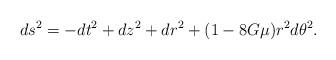
LaTeX: \begin{align*} d s^2=- d t^2+ d z^2+ d r^2+(1-8G\mu)r^2 d \theta^2.\end{align*}